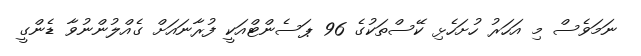
ނަމަވެސް މި އަހަރު ހުށަހެޅި ކޭސްތަކުގެ 96 ޕަސެންޓްއަކީ ފުރާނައަށް ގެއްލުންނުވާ ޑެންގީ